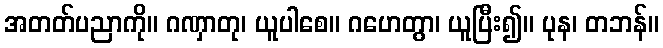
အတတ်ပညာကို။ ဂဏှာတု၊ ယူပါစေ။ ဂဟေတွာ၊ ယူပြီး၍။ ပုန၊ တဘန်။